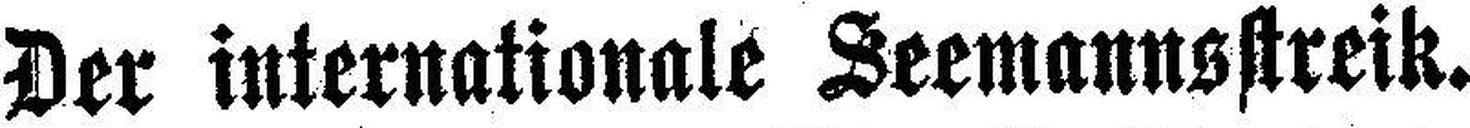
Der internationale Seemannsstreik.